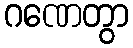
ဂဏေတွာ